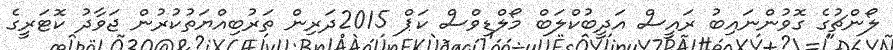
ލޯންޗުގެ ގޮވުންނައިބު ރައީސް އަދީބުކްލަބް މޯލްޑިވްސް ކަޕް 2015ދަރިން ތަރުބިއްޔަތުކުރުން ޖަވާދު ކޮޓަރީގެ